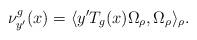
LaTeX: \begin{align*}\nu_{y'}^g(x) = \langle y' T_{g}(x) \Omega_\rho, \Omega_\rho \rangle_{\rho}.\end{align*}